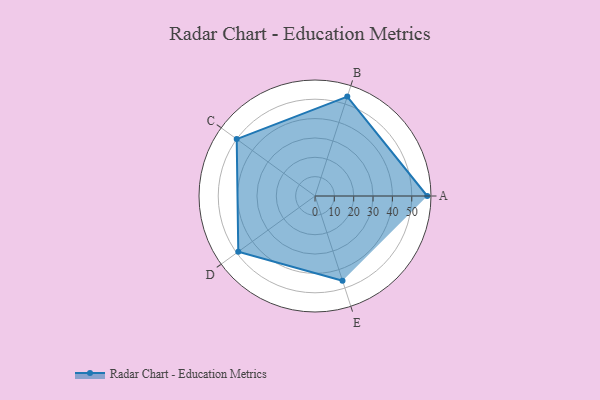
{"axis": {"x": "Skill", "y": "Score"}, "legend": ["Profile"], "data": [{"x": "A", "y": 58.0, "type": "Profile"}, {"x": "B", "y": 54.0, "type": "Profile"}, {"x": "C", "y": 50.0, "type": "Profile"}, {"x": "D", "y": 49.0, "type": "Profile"}, {"x": "E", "y": 46.0, "type": "Profile"}]}